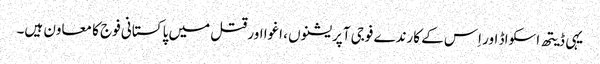
یہی ڈیتھ اسکواڈ اور اِس کے کارندے فوجی آپریشنوں ، اغوا اور قتل میں پاکستانی فوج کا معاون ہیں۔